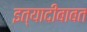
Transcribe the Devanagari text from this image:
इत्यादीबाबत